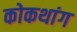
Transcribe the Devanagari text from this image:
कोकथांग